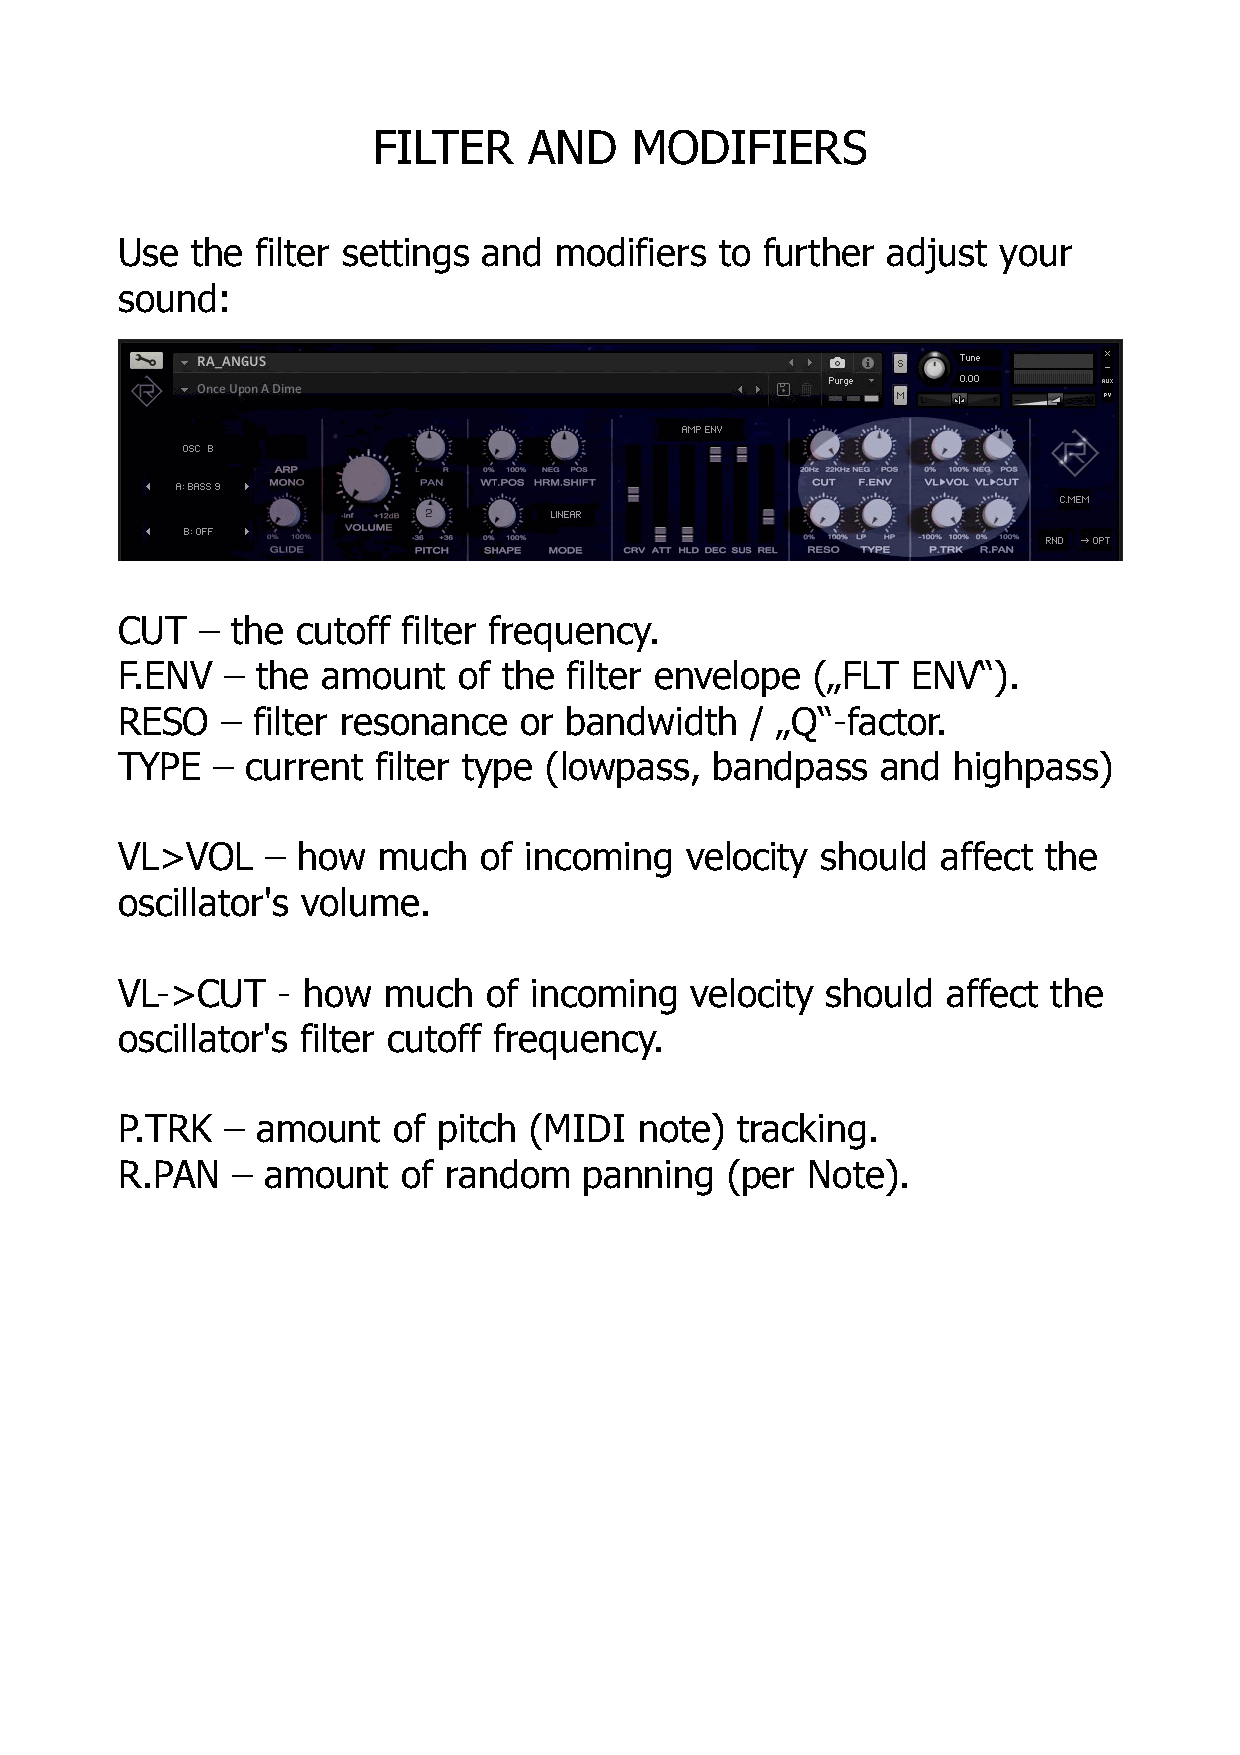
FILTER    AND    MODIFIERS
 Use  the filter settings and modifiers  to further adjust your
 sound:
 CUT  – the  cutoff filter frequency.
 F.ENV  – the amount   of the  filter envelope („FLT ENV“).
 RESO   – filter resonance or bandwidth    / „Q“-factor.
 TYPE  – current  filter type (lowpass, bandpass   and  highpass)
 VL>VOL    – how  much   of incoming  velocity should  affect the
 oscillator's volume.
 VL->CUT   - how  much   of incoming   velocity should  affect the
 oscillator's filter cutoff frequency.
 P.TRK  – amount   of pitch (MIDI  note)  tracking.
 R.PAN  – amount    of random   panning  (per Note).